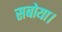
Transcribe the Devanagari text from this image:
सबोया।